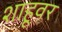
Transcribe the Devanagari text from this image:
शाहूवर